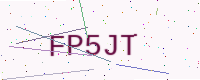
Text: FP5JT